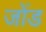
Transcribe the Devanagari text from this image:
जोंड